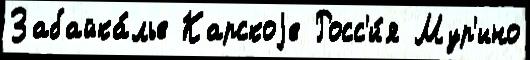
Забайка́лье Карскоjе Росс'и́я Мур'ино